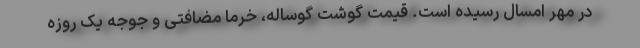
در مهر امسال رسیده است. قیمت گوشت گوساله، خرما مضافتی و جوجه یک روزه